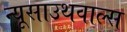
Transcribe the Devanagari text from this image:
न्यूसाउथवाल्स